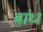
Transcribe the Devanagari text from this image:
बांध्‍ा